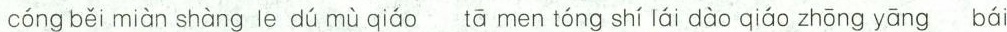
cóng běi miàn shàng le dú mù qiáo tā men tóng shí lái dào qiáo zhōng yāng bái